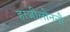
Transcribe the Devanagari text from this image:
हाजीलोननौ